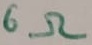
Text: 6Ω